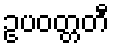
ဥပဝတ္တတီ